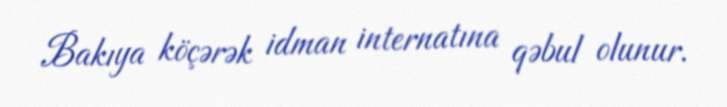
Bakıya köçərək idman internatına qəbul olunur.